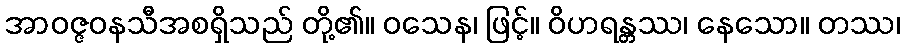
အာဝဇ္ဇဝနသီအစရှိသည် တို့၏။ ဝသေန၊ ဖြင့်။ ဝိဟရန္တဿ၊ နေသော။ တဿ၊